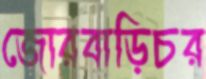
জোরবাড়িচর